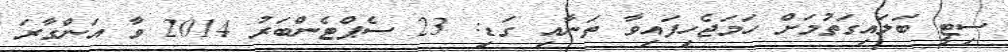
ސިޓީ ބަލައިގަތުމަށް ހަމަޖެހިފައިވާ ތަނާއި ގަޑި: 23 ސެޕްޓެންބަރު 2014 ވާ އަންގާރަ